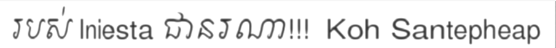
របស់ Iniesta ជានរណា!!!  Koh Santepheap